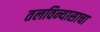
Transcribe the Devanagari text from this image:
तलविन्यासाचा